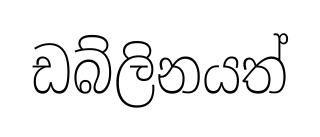
ඩබ්ලිනයත්